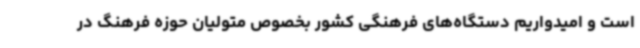
است و امیدواریم دستگاه‌های فرهنگی کشور بخصوص متولیان حوزه فرهنگ در